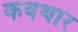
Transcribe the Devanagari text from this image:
कवथार